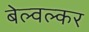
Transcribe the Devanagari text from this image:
बेल्वल्कर